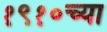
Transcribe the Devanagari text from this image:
१९१०च्या